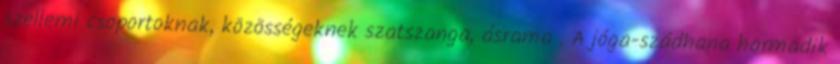
szellemi csoportoknak, közösségeknek szatszanga, ásrama . A jóga-szádhana harmadik